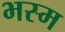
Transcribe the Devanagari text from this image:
भस्‍म